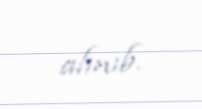
alınıb.